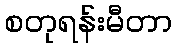
စတုရန်းမီတာ